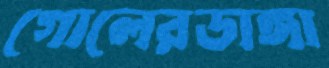
গোলেরডাঙ্গা